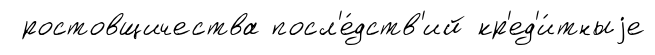
ростовщичества посл'е́дств'ий кр'ед'и́тныjе